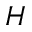
H